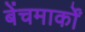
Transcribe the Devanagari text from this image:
बेंचमार्कों